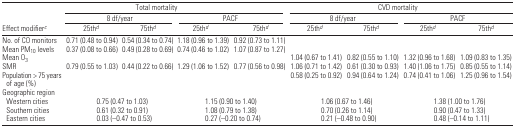
<table><thead><tr><td></td><td colspan="4"><b>Total mortality</b></td><td colspan="4"><b>CVD mortality</b></td></tr><tr><td></td><td colspan="2"><b>8 df/year</b></td><td colspan="2"><b>PACF</b></td><td colspan="2"><b>8 df/year</b></td><td colspan="2"><b>PACF</b></td></tr><tr><td><b>Effect modifierc</b></td><td><b>25<sup>thd</sup></b></td><td><b>75<sup>thd</sup></b></td><td><b>25<sup>thd</sup></b></td><td><b>75<sup>thd</sup></b></td><td><b>25<sup>thd</sup></b></td><td><b>75<sup>thd</sup></b></td><td><b>25<sup>thd</sup></b></td><td><b>75<sup>thd</sup></b></td></tr></thead><tbody><tr><td>No. of CO monitors</td><td>0.71 (0.48 to 0.94)</td><td>0.54 (0.34 to 0.74)</td><td>1.18 (0.96 to 1.39)</td><td>0.92 (0.73 to 1.11)</td><td></td><td></td><td></td><td></td></tr><tr><td>Mean PM<sub>10</sub> levels</td><td>0.37 (0.08 to 0.66)</td><td>0.49 (0.28 to 0.69)</td><td>0.74 (0.46 to 1.02)</td><td>1.07 (0.87 to 1.27)</td><td></td><td></td><td></td><td></td></tr><tr><td>Mean O<sub>3</sub></td><td></td><td></td><td></td><td></td><td>1.04 (0.67 to 1.41)</td><td>0.82 (0.55 to 1.10)</td><td>1.32 (0.96 to 1.68)</td><td>1.09 (0.83 to 1.35)</td></tr><tr><td>SMR</td><td>0.79 (0.55 to 1.03)</td><td>0.44 (0.22 to 0.66)</td><td>1.29 (1.06 to 1.52)</td><td>0.77 (0.56 to 0.98)</td><td>1.06 (0.71 to 1.42)</td><td>0.61 (0.30 to 0.93)</td><td>1.40 (1.06 to 1.75)</td><td>0.85 (0.55 to 1.14)</td></tr><tr><td>Population &gt; 75 years of age (%)</td><td></td><td></td><td></td><td></td><td>0.58 (0.25 to 0.92)</td><td>0.94 (0.64 to 1.24)</td><td>0.74 (0.41 to 1.06)</td><td>1.25 (0.96 to 1.54)</td></tr><tr><td colspan="9">Geographic region</td></tr><tr><td> Western cities</td><td colspan="2">0.75 (0.47 to 1.03)</td><td colspan="2">1.15 (0.90 to 1.40)</td><td colspan="2">1.06 (0.67 to 1.46)</td><td colspan="2">1.38 (1.00 to 1.76)</td></tr><tr><td> Southern cities</td><td colspan="2">0.61 (0.32 to 0.91)</td><td colspan="2">1.08 (0.79 to 1.38)</td><td colspan="2">0.70 (0.26 to 1.14)</td><td colspan="2">0.90 (0.47 to 1.33)</td></tr><tr><td> Eastern cities</td><td colspan="2">0.03 (−0.47 to 0.53)</td><td colspan="2">0.27 (−0.20 to 0.74)</td><td colspan="2">0.21 (−0.48 to 0.90)</td><td colspan="2">0.48 (−0.14 to 1.11)</td></tr></tbody></table>